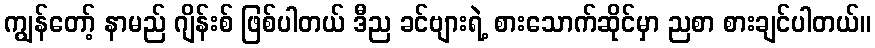
ကျွန်တော့် နာမည် ဂျိန်းစ် ဖြစ်ပါတယ် ဒီည ခင်ဗျားရဲ့ စားသောက်ဆိုင်မှာ ညစာ စားချင်ပါတယ်။